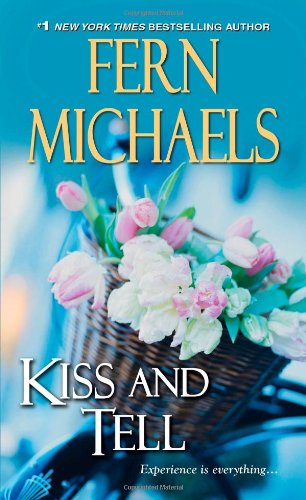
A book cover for Kiss and Tell (Sisterhood); Fern Michaels; Literature & Fiction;